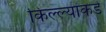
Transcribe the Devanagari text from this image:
किल्ल्यांकडे